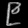
Digit: ၉